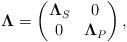
LaTeX: \begin{align*}\bold\Lambda=\left( \begin{matrix} \bold\Lambda_S & 0\\ 0 &\bold\Lambda_P \end{matrix} \right), \end{align*}